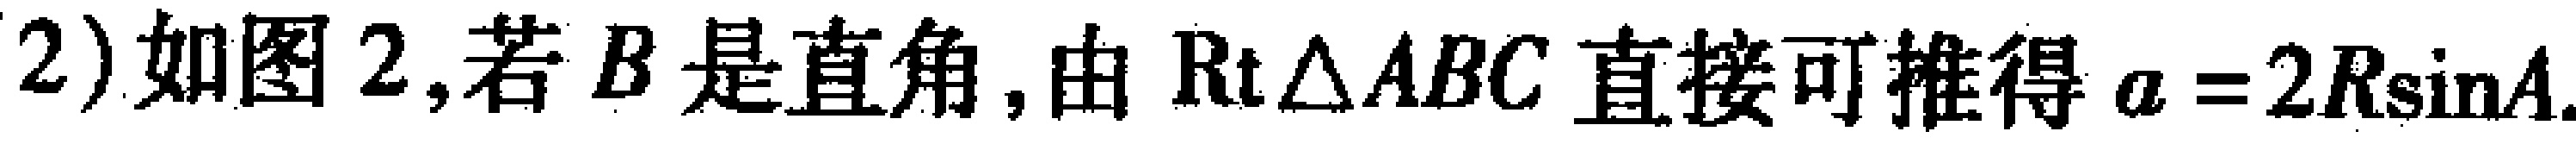
2)如图2,若\(B\)是直角,由\(\mathrm{Rt}\triangle ABC\)直接可推得\(a = 2R\sin A\).